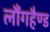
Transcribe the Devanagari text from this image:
लौंगहैण्ड